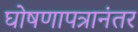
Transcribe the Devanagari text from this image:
घोषणापत्रानंतर